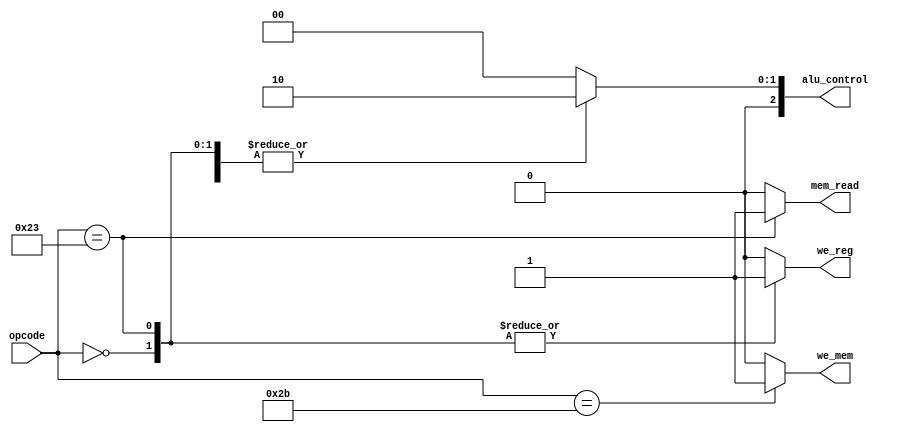
module ControlUnit (
    input [5:0] opcode,
    output reg we_reg,
    output reg we_mem,
    output reg mem_read,
    output reg [2:0] alu_control
);

    always @(*) begin
        // Inicializar las seales de control
        we_reg = 1'b0;
        we_mem = 1'b0;
        mem_read = 1'b0;
        alu_control = 3'b000; // Default (NOP)

        case (opcode)
            6'b100011: begin // LW
                we_reg = 1'b1;
                mem_read = 1'b1;
                alu_control = 3'b010; // Suma para calcular la direccin de memoria
            end
            6'b101011: begin // SW
                we_mem = 1'b1;
                alu_control = 3'b010; // Suma para calcular la direccin de memoria
            end
            6'b000000: begin // ADD
                we_reg = 1'b1;
                alu_control = 3'b010; // Operacin de suma en la ALU
            end
            // Agrega aqu otros casos para diferentes instrucciones
            default: begin
                // Seales de control por defecto ya inicializadas
            end
        endcase
    end
endmodule